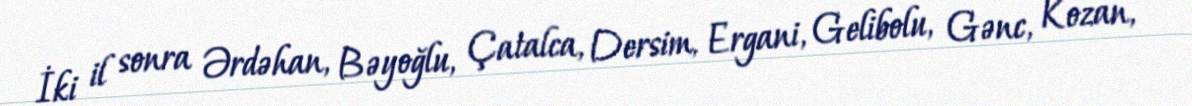
İki il sonra Ərdəhan, Bəyoğlu, Çatalca, Dersim, Ergani, Gelibolu, Gənc, Kozan,